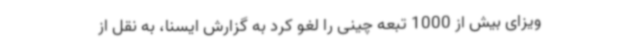
ویزای بیش از 1000 تبعه چینی را لغو کرد به گزارش ایسنا، به نقل از